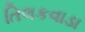
તિલકવાડા